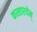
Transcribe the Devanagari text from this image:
कस्तारयेन्